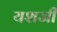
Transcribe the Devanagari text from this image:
यशजी